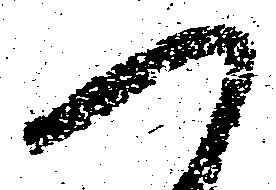
つ